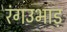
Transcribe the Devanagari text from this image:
रंगउभाड़